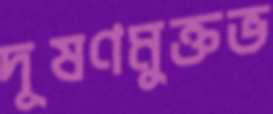
দূষণমুক্তভ